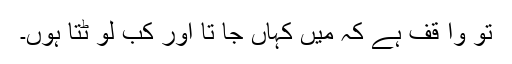
تُو وا قف ہے کہ میں کہاں جا تا اور کب لو ٹتا ہوں۔